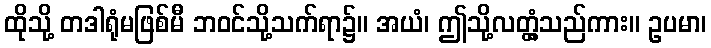
ထိုသို့ တဒါရုံမဖြစ်မီ ဘဝင်သို့သက်ရာ၌။ အယံ၊ ဤသို့လတ္တံ့သည်ကား။ ဥပမာ၊